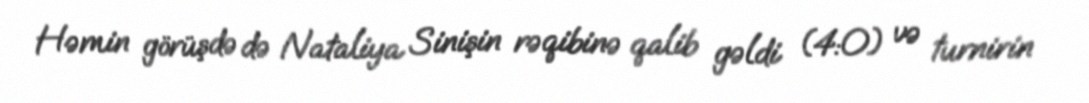
Həmin görüşdə də Nataliya Sinişin rəqibinə qalib gəldi (4:0) və turnirin